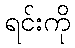
ရင်းကို